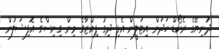
ދުނިޔޭގެ ރެކޯޑް ހަދަން އިޓަލީން އެޅި ދިގު ޕިއްޒާގެ މިން ގިނިސްގެ އޮފިޝަލުން